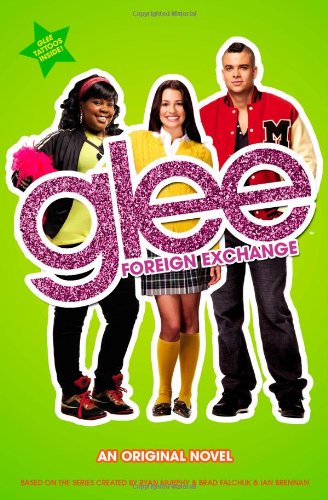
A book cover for Glee: Foreign Exchange: An Original Novel; Sophia Lowell; Business & Money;